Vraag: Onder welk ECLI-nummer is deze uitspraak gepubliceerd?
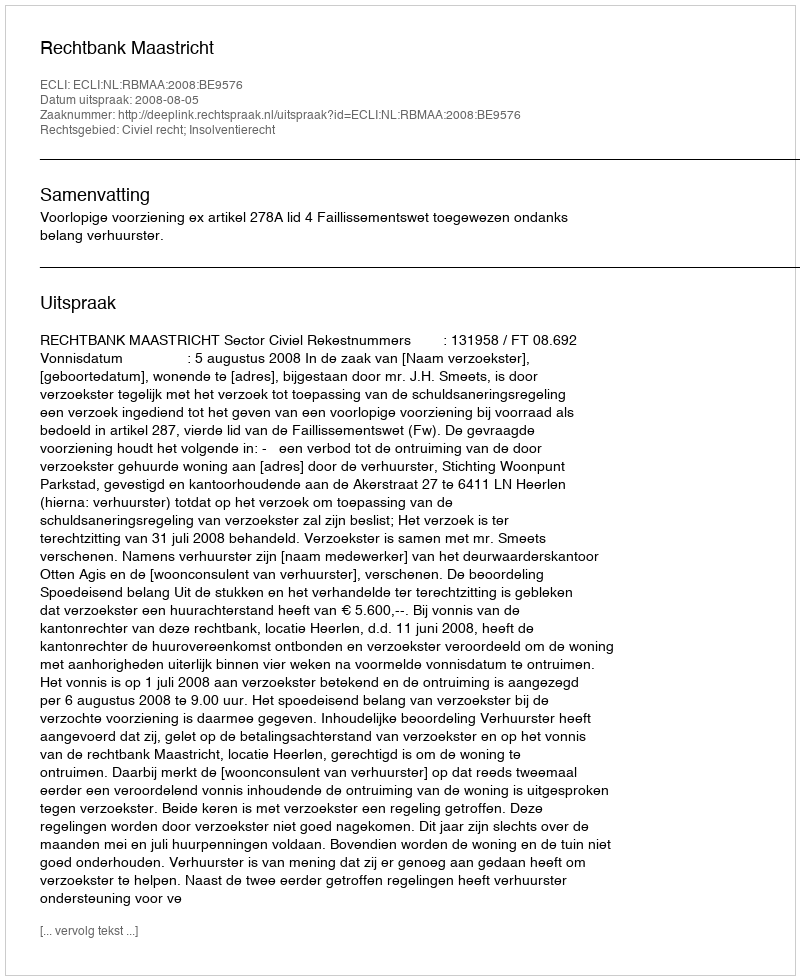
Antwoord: ECLI:NL:RBMAA:2008:BE9576